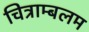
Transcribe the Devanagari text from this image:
चित्राम्बलम